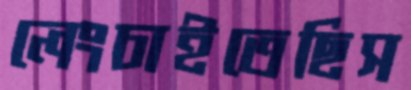
লেংচাইতেছিস